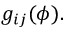
g _ { i j } ( \phi ) .